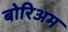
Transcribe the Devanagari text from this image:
बोरिअम